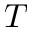
T